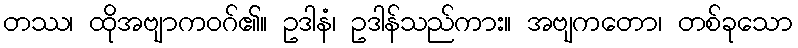
တဿ၊ ထိုအဗျာကဝဂ်၏။ ဥဒါနံ၊ ဥဒါန်သည်ကား။ အဗျကတော၊ တစ်ခုသော